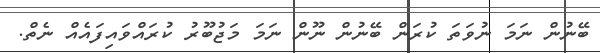
ބޭނުން ނަމަ ނުވަތަ ކުރަން ބޭނުން ނޫން ނަމަ މަޖުބޫރު ކުރައްވައިފައެއް ނެތް.